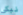
نبكي